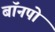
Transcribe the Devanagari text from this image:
बॉनपो